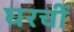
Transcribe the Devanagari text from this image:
घरचीं